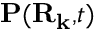
\mathbf { P ( \mathbf { R } _ { k } , } t \mathbf { ) }